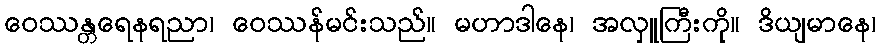
ဝေဿန္တရေနရညာ၊ ဝေဿန်မင်းသည်။ မဟာဒါနေ၊ အလှူကြီးကို။ ဒိယျမာနေ၊